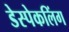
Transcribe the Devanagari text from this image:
डेस्पेकलिंग